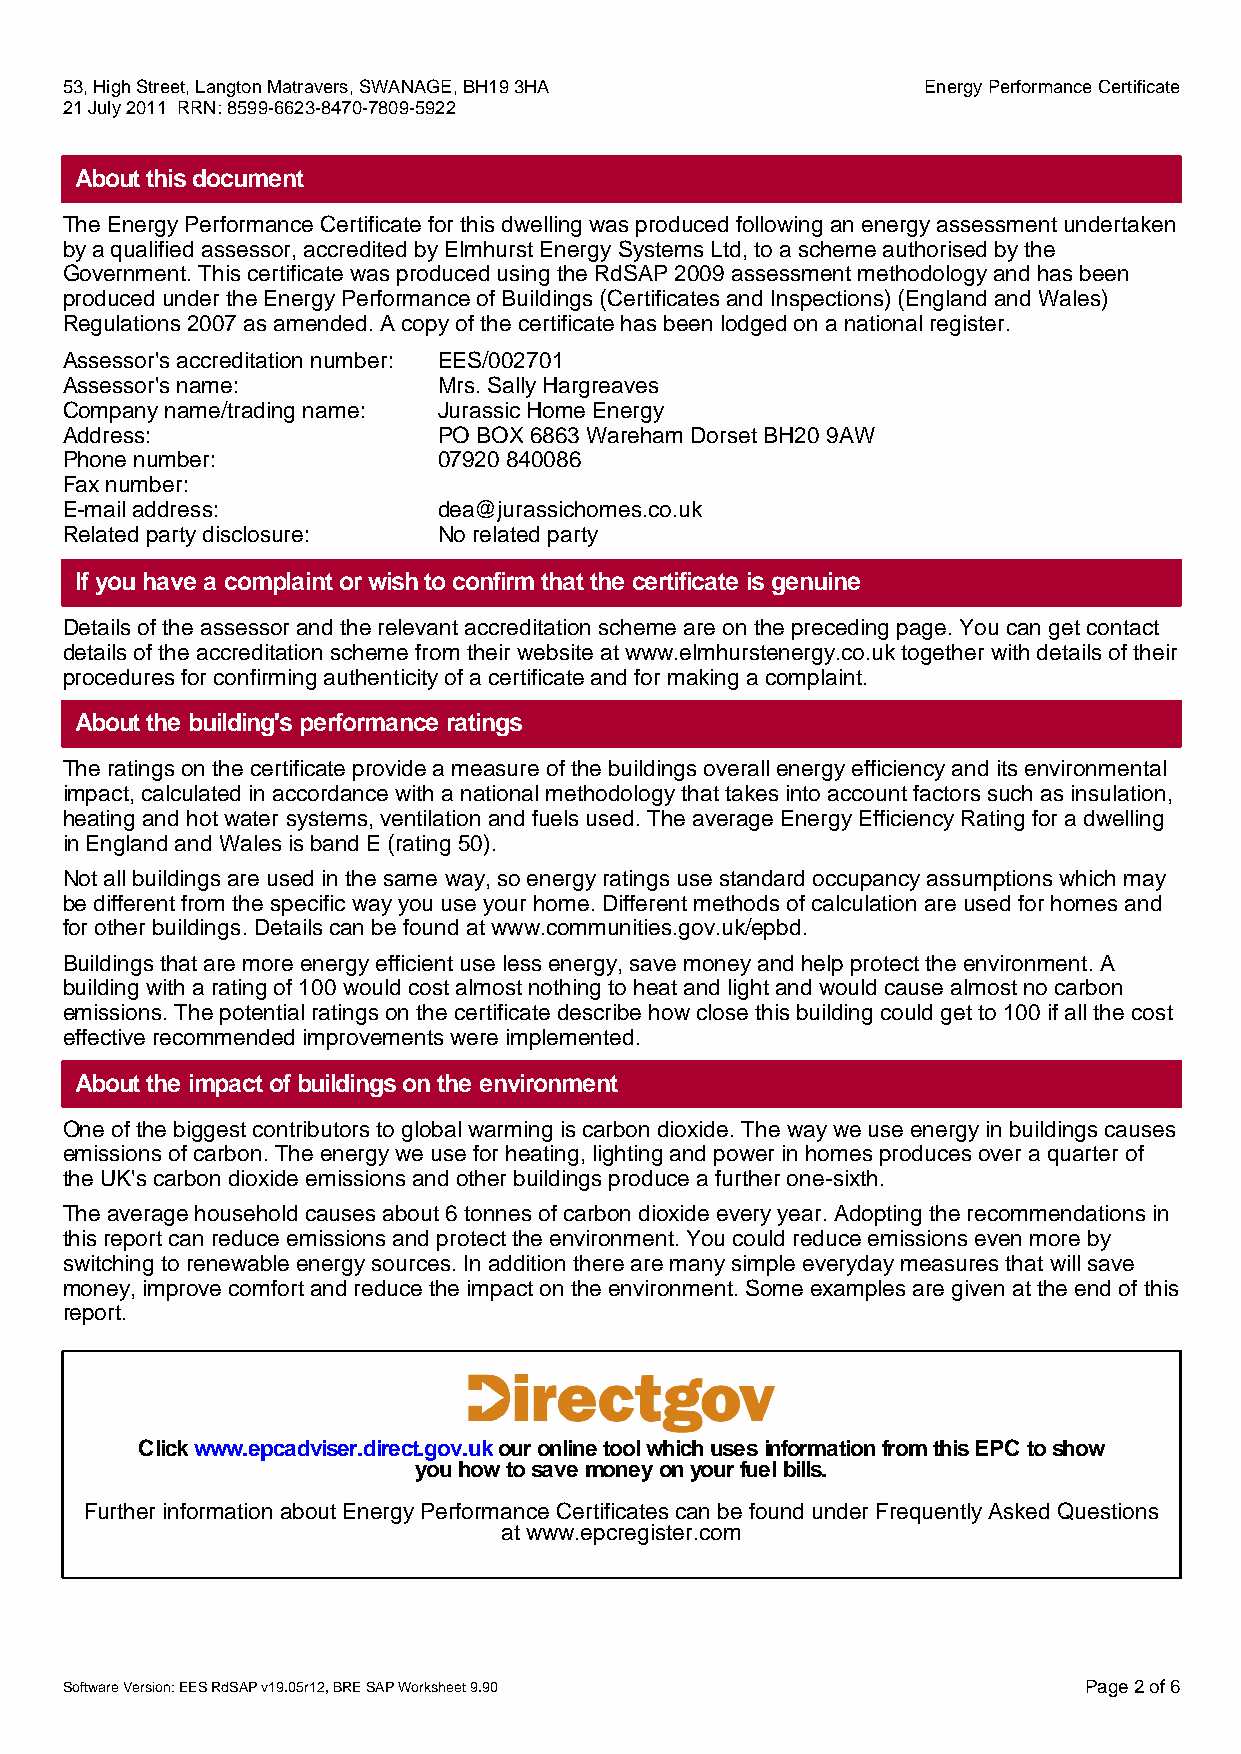
53, High Street, Langton Matravers, SWANAGE, BH19 3HA    Energy Performance Certificate
 21 July 2011 RRN: 8599-6623-8470-7809-5922
 About this document
 The Energy Performance Certificate for this dwelling was produced following an energy assessment undertaken
 by a qualified assessor, accredited by Elmhurst Energy Systems Ltd, to a scheme authorised by the
 Government. This certificate was produced using the RdSAP 2009 assessment methodology and has been
 produced under the Energy Performance of Buildings (Certificates and Inspections) (England and Wales)
 Regulations 2007 as amended. A copy of the certificate has been lodged on a national register.
 Assessor's accreditation number: EES/002701
 Assessor's name:         Mrs. Sally Hargreaves
 Company name/trading name: Jurassic Home Energy
 Address:                 PO BOX 6863 Wareham Dorset BH20 9AW
 Phone number:            07920 840086
 Fax number:
 E-mail address:          dea@jurassichomes.co.uk
 Related party disclosure: No related party
 If you have a complaint or wish to confirm that the certificate is genuine
 Details of the assessor and the relevant accreditation scheme are on the preceding page. You can get contact
 details of the accreditation scheme from their website at www.elmhurstenergy.co.uk together with details of their
 procedures for confirming authenticity of a certificate and for making a complaint.
 About the building's performance ratings
 The ratings on the certificate provide a measure of the buildings overall energy efficiency and its environmental
 impact, calculated in accordance with a national methodology that takes into account factors such as insulation,
 heating and hot water systems, ventilation and fuels used. The average Energy Efficiency Rating for a dwelling
 in England and Wales is band E (rating 50).
 Not all buildings are used in the same way, so energy ratings use standard occupancy assumptions which may
 be different from the specific way you use your home. Different methods of calculation are used for homes and
 for other buildings. Details can be found at www.communities.gov.uk/epbd.
 Buildings that are more energy efficient use less energy, save money and help protect the environment. A
 building with a rating of 100 would cost almost nothing to heat and light and would cause almost no carbon
 emissions. The potential ratings on the certificate describe how close this building could get to 100 if all the cost
 effective recommended improvements were implemented.
 About the impact of buildings on the environment
 One of the biggest contributors to global warming is carbon dioxide. The way we use energy in buildings causes
 emissions of carbon. The energy we use for heating, lighting and power in homes produces over a quarter of
 the UK's carbon dioxide emissions and other buildings produce a further one-sixth.
 The average household causes about 6 tonnes of carbon dioxide every year. Adopting the recommendations in
 this report can reduce emissions and protect the environment. You could reduce emissions even more by
 switching to renewable energy sources. In addition there are many simple everyday measures that will save
 money, improve comfort and reduce the impact on the environment. Some examples are given at the end of this
 report.
 Clickwww.epcadviser.direct.gov.uokuronlinetoolwhichusesinformationfromthisEPC toshow
 youhowtosavemoneyonyourfuelbills.
 Further information about Energy Performance Certificates can be found under Frequently Asked Questions
 at www.epcregister.com
 Software Version: EES RdSAP v19.05r12, BRE SAP Worksheet 9.90       Page 2 of 6